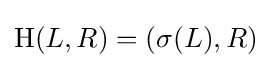
\mathrm {H} (L,R)=(\sigma (L),R)